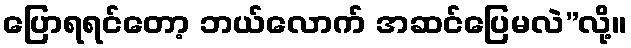
ပြောရရင်တော့ ဘယ်လောက် အဆင်ပြေမလဲ”လို့။